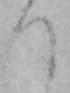
つ